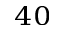
_ { 4 0 }